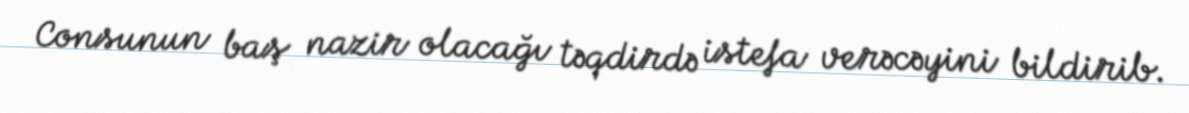
Consunun baş nazir olacağı təqdirdə istefa verəcəyini bildirib.